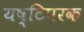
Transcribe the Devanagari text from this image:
यष्टिपरक